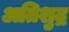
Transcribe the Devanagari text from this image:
अतिशुद्र